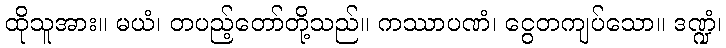
ထိုသူအား။ မယံ၊ တပည့်တော်တို့သည်။ ကဿာပဏံ၊ ငွေတကျပ်သော။ ဒဏ္ဍံ၊